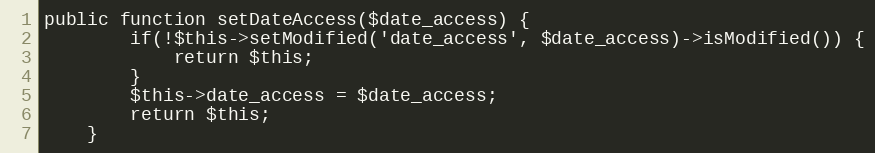
Language: PHP
public function setDateAccess($date_access) {
        if(!$this->setModified('date_access', $date_access)->isModified()) {
            return $this;
        }
		$this->date_access = $date_access;
		return $this;
    }